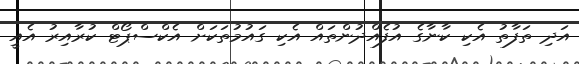
އަދި ތަފާތު އެކި ކާނާގެ އުފެއްދުންތައް އެކި ގައުމުތަކަށް އެކްސްޕޯޓް ކުރާއިރު އެއީ